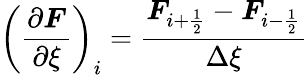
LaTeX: \left(\frac{\partial\boldsymbol{F}}{\partial\xi}\right)_{i}=\frac{\boldsymbol{F}_{i+\frac{1}{2}}-\boldsymbol{F}_{i-\frac{1}{2}}}{\Delta\xi}